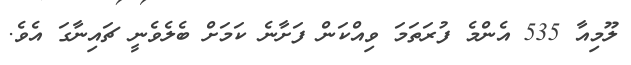
ލޫމިއާ 535 އެންމެ ފުރަތަމަ ވިއްކަން ފަށާނެ ކަމަށް ބެލެވެނީ ޗައިނާގަ އެވެ.